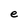
Character: e